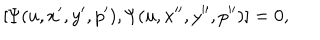
[ { \mit \Psi } ( u , x ^ { \prime } , y ^ { \prime } , p ^ { \prime } ) , { \mit \Psi } ( u , x ^ { \prime \prime } , y ^ { \prime \prime } , p ^ { \prime \prime } ) ] = 0 ,